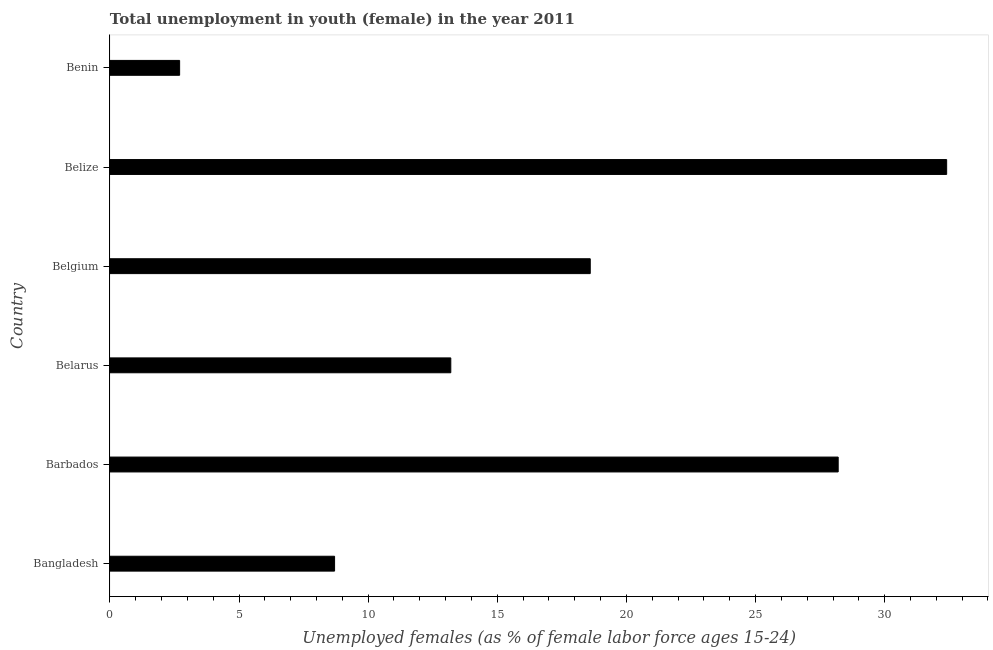
| Country | Unemployment |
 | --- | --- |
 | Bangladesh | 8.7 |
 | Barbados | 28.2 |
 | Belarus | 13.2 |
 | Belgium | 18.6 |
 | Belize | 32.4 |
 | Benin | 2.7 |